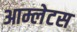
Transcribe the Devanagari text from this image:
आम्लेटस